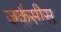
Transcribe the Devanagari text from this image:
जर्क्रसीस